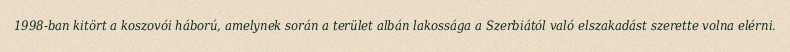
1998-ban kitört a koszovói háború, amelynek során a terület albán lakossága a Szerbiától való elszakadást szerette volna elérni.